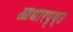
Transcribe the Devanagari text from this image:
आधारपृष्ठ